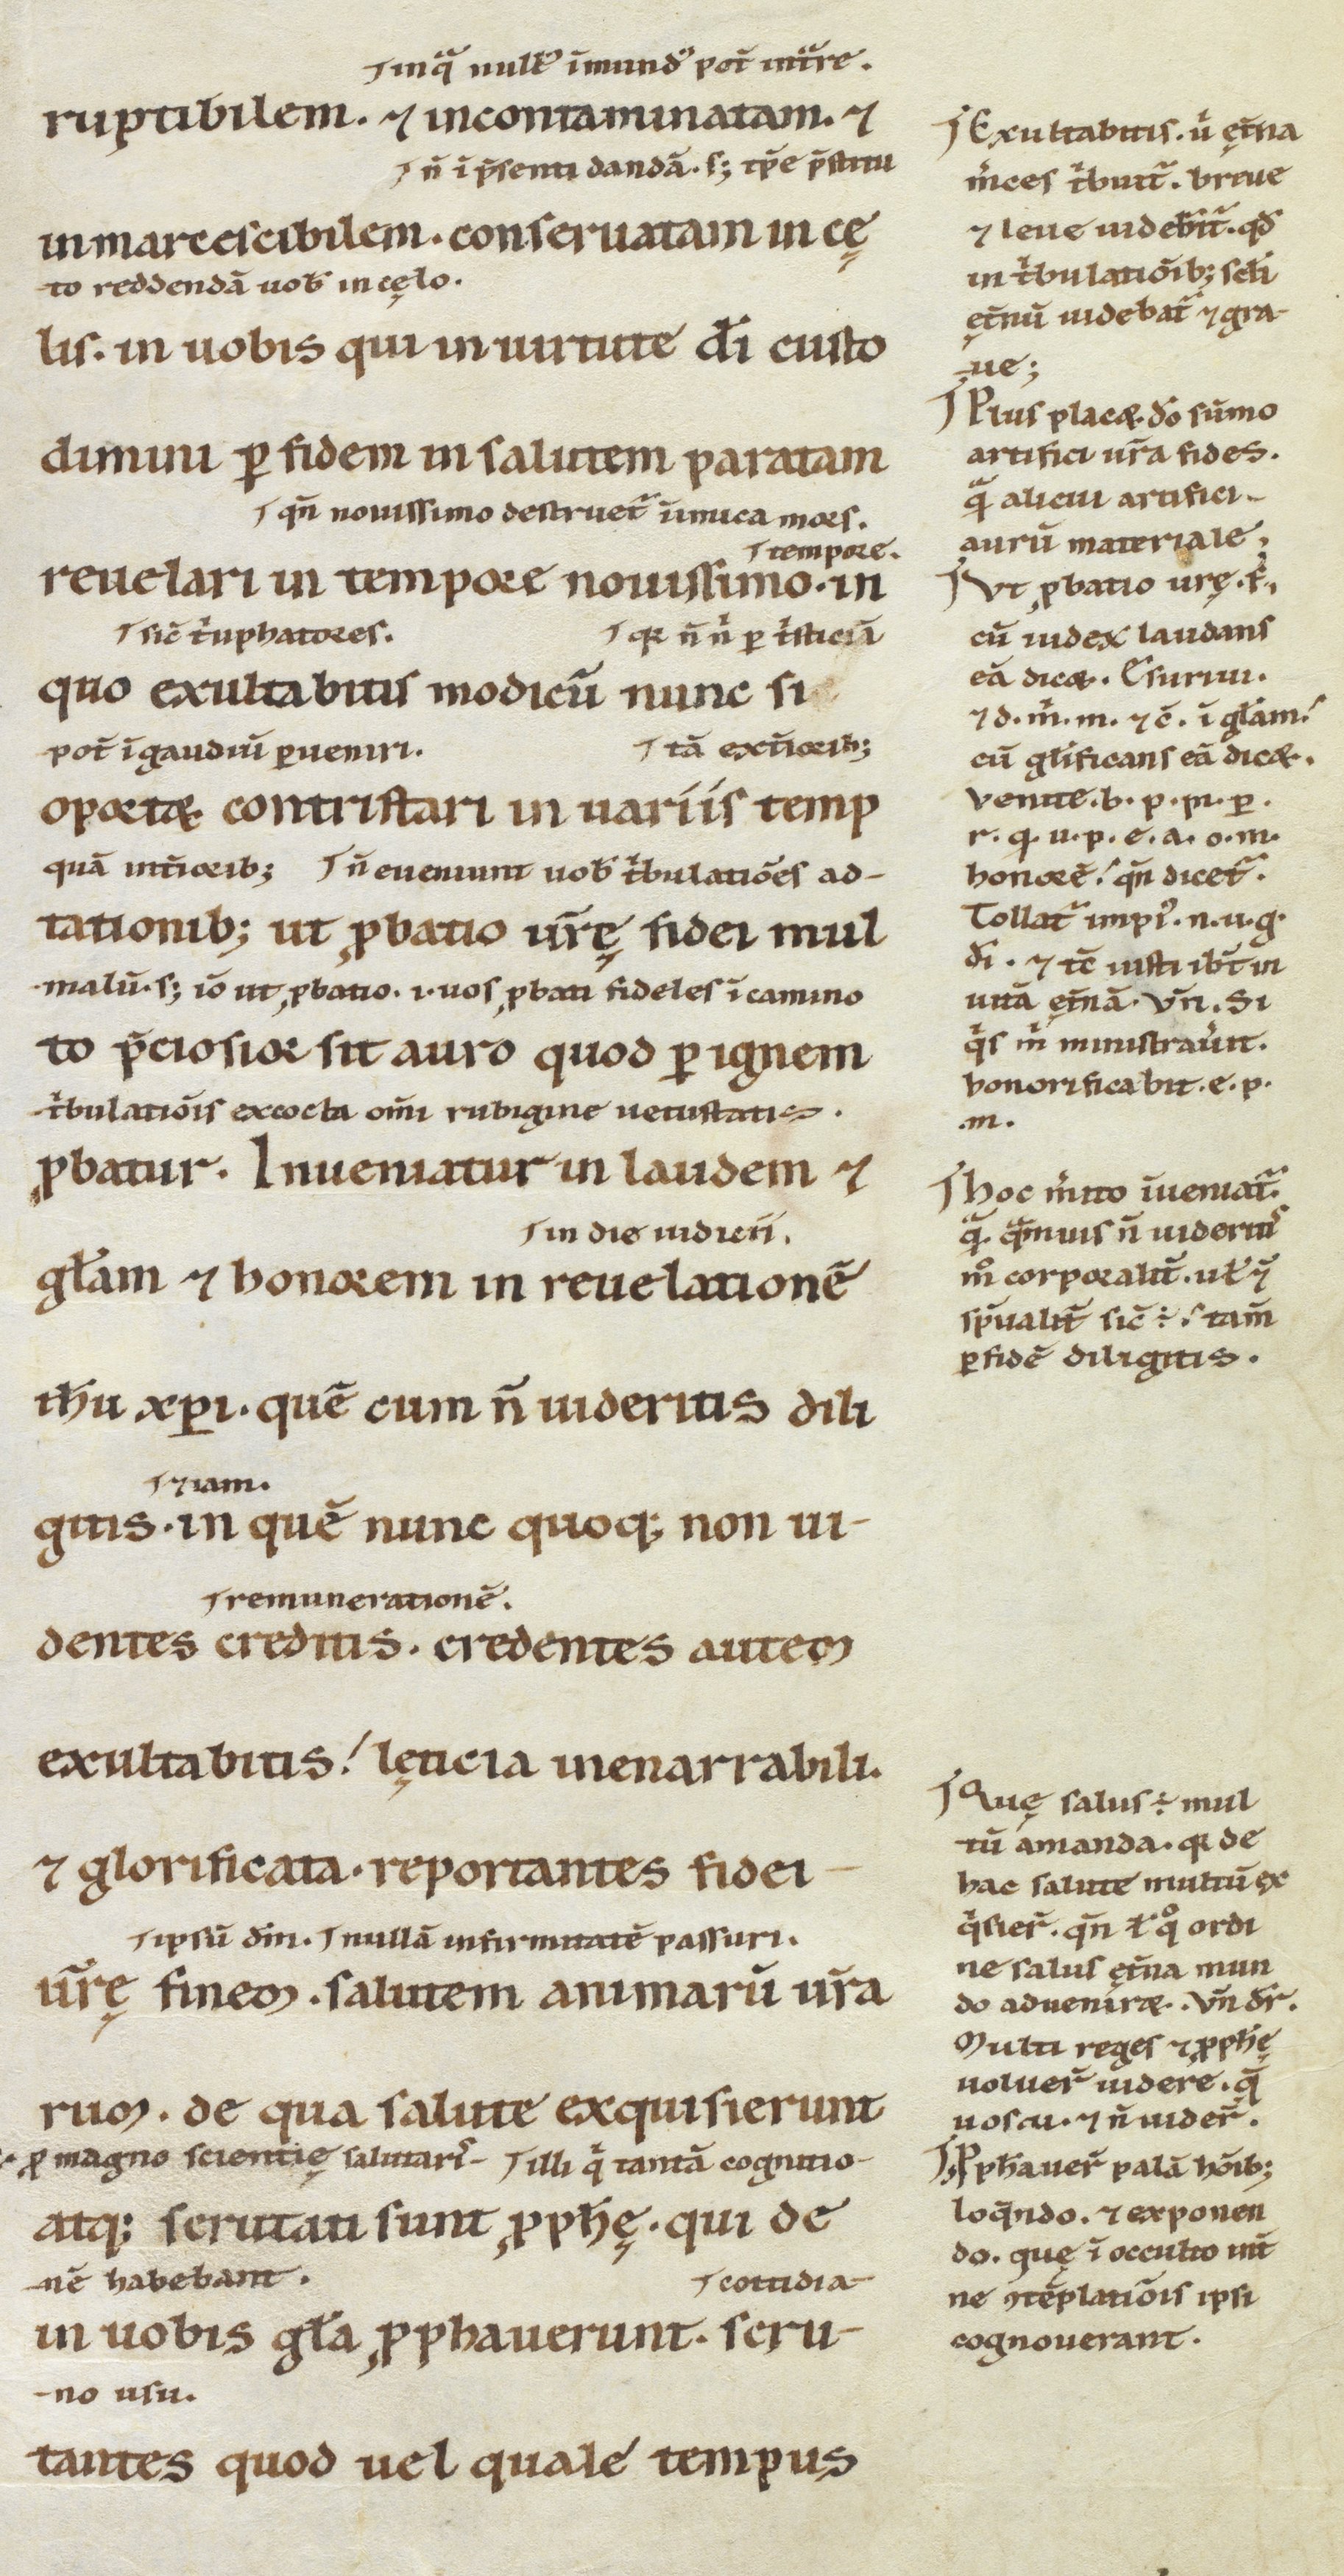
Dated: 1100–1199